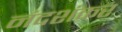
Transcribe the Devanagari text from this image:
नंदशंकर